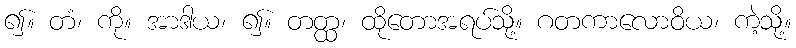
၍။ တံ၊ ကို။ အာဒါယ၊ ၍။ တတ္ထ၊ ထိုတောအရပ်သို့။ ဂတကာလောဝိယ၊ ကဲ့သို့။